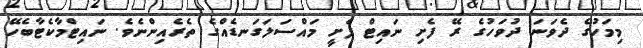
މިމަހުގެ ދެވަނަ ދުވަހުގެ ރޭ ފެށި ނައިޓް ފެށީ މައްސަލަގަނޑެއްގެ ތެރެއިންނެވެ. ނައިޓްމާކެޓާބެހޭ